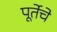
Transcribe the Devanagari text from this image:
पूर्तेचे